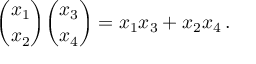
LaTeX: { \binom { x _ { 1 } } { x _ { 2 } } } { \binom { x _ { 3 } } { x _ { 4 } } } = x _ { 1 } x _ { 3 } + x _ { 2 } x _ { 4 } \, .